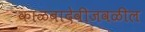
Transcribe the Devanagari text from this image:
काळबादेवीजवळील